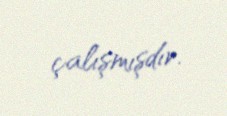
çalışmışdır.